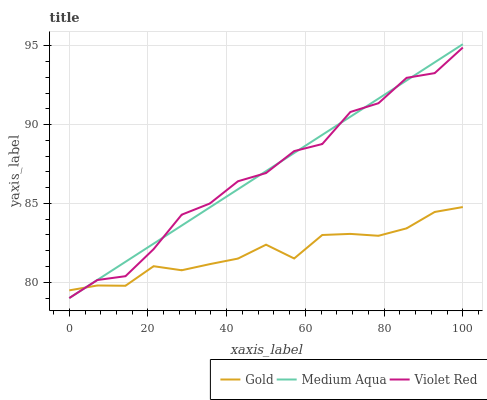
| xaxis_label | Gold | Medium Aqua | Violet Red |
 | --- | --- | --- | --- |
 | 0 | 79.5 | 79 | 79 |
 | 7.14 | 79.8 | 80.1 | 80.1 |
 | 14.3 | 79.8 | 81.3 | 80.4 |
 | 21.4 | 81 | 82.4 | 82.1 |
 | 28.6 | 80.8 | 83.6 | 84.3 |
 | 35.7 | 81.2 | 84.7 | 85 |
 | 42.9 | 81.5 | 85.9 | 86.4 |
 | 50 | 82.4 | 87 | 86.9 |
 | 57.1 | 81.5 | 88.2 | 88.3 |
 | 64.3 | 83 | 89.3 | 88.8 |
 | 71.4 | 83.1 | 90.5 | 90.8 |
 | 78.6 | 83 | 91.6 | 91.4 |
 | 85.7 | 83.4 | 92.8 | 93 |
 | 92.9 | 84.5 | 93.9 | 93.3 |
 | 100 | 84.8 | 95.1 | 94.9 |